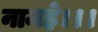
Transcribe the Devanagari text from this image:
नामहे।।।